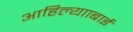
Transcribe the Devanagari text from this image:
आहिल्यााबाई